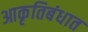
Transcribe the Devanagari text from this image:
आकृतिबंधात